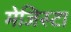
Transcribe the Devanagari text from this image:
मेजिस्टा